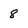
Character: 8